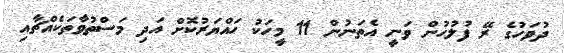
ދުވަހުގެ ރޭ ފުލުހުން ވަނީ އެތަނުން 11 މީހަކު ހައްޔަރުކޮށް އަދި މަސްތުވާތަކެއްޗާއި